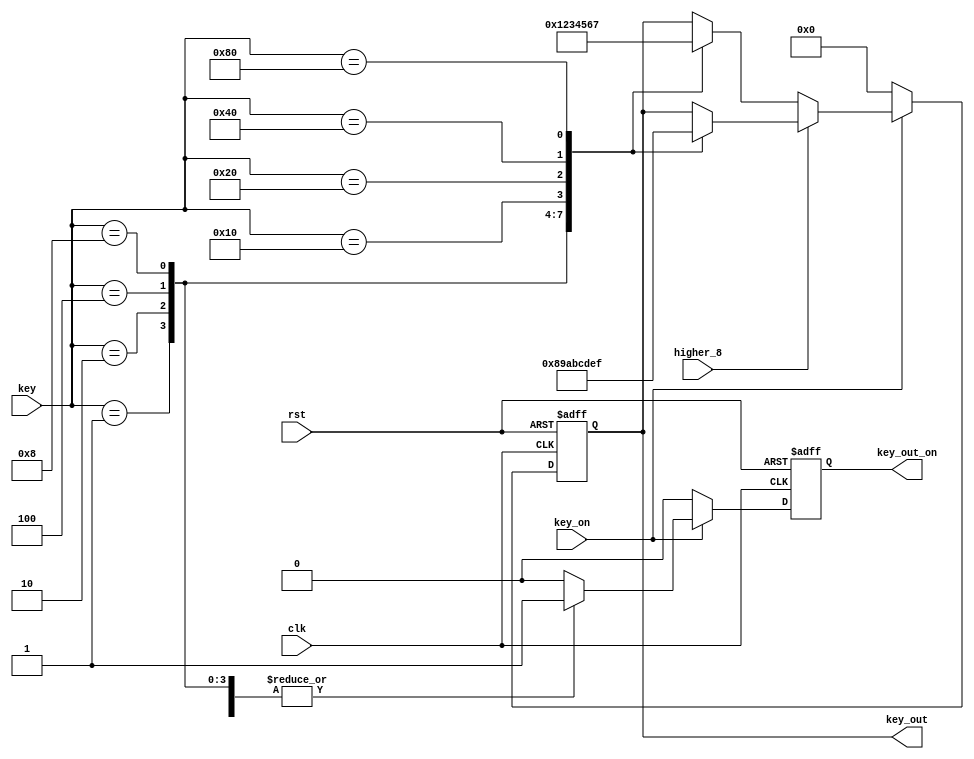
module keyControl (
    input clk,
    input rst,
    input key_on,
    input [7:0] key,
    input higher_8,
    output reg [3:0] key_out,
    output reg key_out_on
);
  //keykey_out,higher_8key_out2
  always @(posedge clk or posedge rst) begin
    if (rst) begin
      key_out <= 0;
      key_out_on <= 0;
    end else if (key_on) begin
      key_out_on <= 1;
      if (~higher_8) begin
        case (key)
        8'h01:   key_out <= 0;
        8'h02:   key_out <= 1;
        8'h04:   key_out <= 2;
        8'h08:   key_out <= 3;
        8'h10:   key_out <= 4;
        8'h20:   key_out <= 5;
        8'h40:   key_out <= 6;
        8'h80:   key_out <= 7;
        default: key_out_on <= 0;
      endcase
      end else begin
        case (key)
        8'h01:   key_out <= 8;
        8'h02:   key_out <= 9;
        8'h04:   key_out <= 10;
        8'h08:   key_out <= 11;
        8'h10:   key_out <= 12;
        8'h20:   key_out <= 13;
        8'h40:   key_out <= 14;
        8'h80:   key_out <= 15;      
        default: key_out_on <= 0;
      endcase
      end

    end else begin
      key_out <= 0;
      key_out_on <= 0;
    end
  end
endmodule